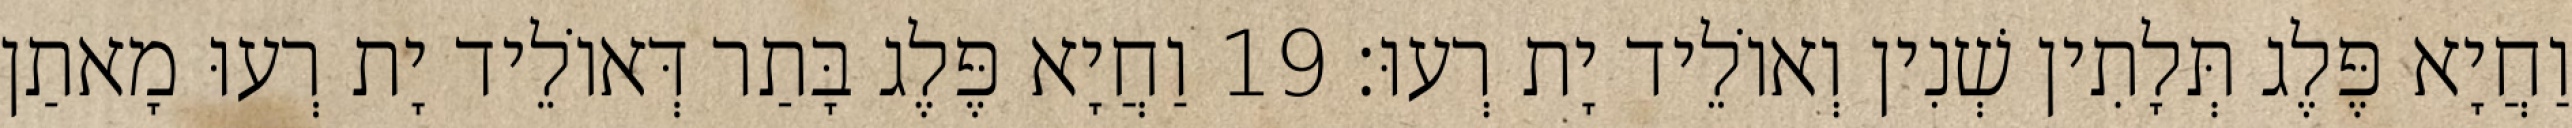
וַחֲיָא פֶּלֶג תְּלָתִין שְׁנִין וְאוֹלֵיד יָת רְעוּ׃ 19 וַחֲיָא פֶּלֶג בָּתַר דְּאוֹלֵיד יָת רְעוּ מָאתַן